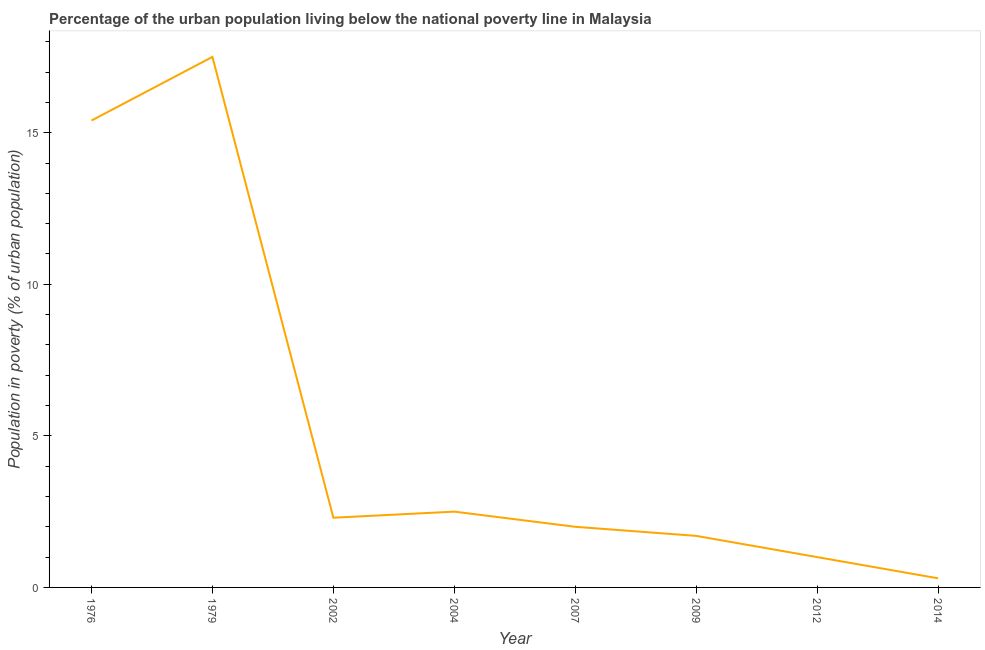
| Year | Urban poverty headcount ratio |
 | --- | --- |
 | 1976 | 15.4 |
 | 1979 | 17.5 |
 | 2002 | 2.3 |
 | 2004 | 2.5 |
 | 2007 | 2 |
 | 2009 | 1.7 |
 | 2012 | 1 |
 | 2014 | 0.3 |